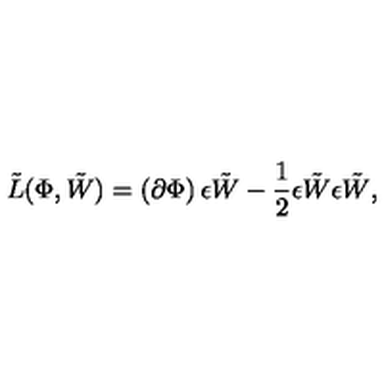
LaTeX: { \tilde { L } } ( \Phi , \tilde { W } ) = \left( \partial \Phi \right) \epsilon \tilde { W } - \frac { 1 } { 2 } \epsilon \tilde { W } \epsilon \tilde { W } ,